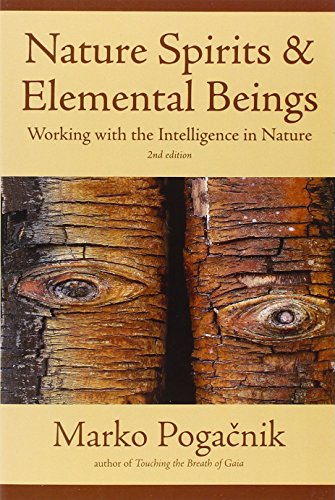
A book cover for Nature Spirits & Elemental Beings: Working with the Intelligence in Nature; Marko Pogacnik; Religion & Spirituality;